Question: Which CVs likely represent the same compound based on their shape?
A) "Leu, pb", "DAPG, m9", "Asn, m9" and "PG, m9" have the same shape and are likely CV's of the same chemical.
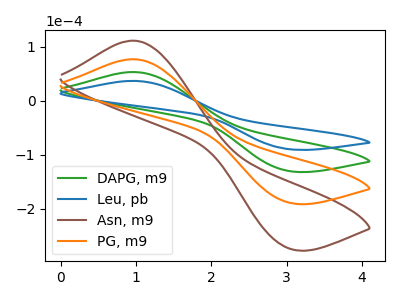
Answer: <think>The green curve "DAPG, m9" has an anodic peak at (0.95V, 52.85uA) and a cathodic peak at (3.00V, -130.10uA). The blue curve "Leu, pb" has an anodic peak at (0.95V, 36.50uA) and a cathodic peak at (3.00V, -89.80uA). The brown curve "Asn, m9" has an anodic peak at (0.95V, 158.55uA) and a cathodic peak at (3.00V, -390.35uA). The orange curve "PG, m9" has an anodic peak at (0.95V, 105.70uA) and a cathodic peak at (3.00V, -260.20uA).
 All the peaks in "DAPG, m9" have a peak in "Leu, pb" at the same potential. Every peak in "DAPG, m9" is higher than every peak in "Leu, pb". All the peaks in "DAPG, m9" have a peak in "Asn, m9" at the same potential. Every peak in "DAPG, m9" is lower than every peak in "Asn, m9". All the peaks in "DAPG, m9" have a peak in "PG, m9" at the same potential. Every peak in "DAPG, m9" is lower than every peak in "PG, m9". All the peaks in "Leu, pb" have a peak in "Asn, m9" at the same potential. Every peak in "Leu, pb" is lower than every peak in "Asn, m9". All the peaks in "Leu, pb" have a peak in "PG, m9" at the same potential. Every peak in "Leu, pb" is lower than every peak in "PG, m9". All the peaks in "Asn, m9" have a peak in "PG, m9" at the same potential. Every peak in "Asn, m9" is higher than every peak in "PG, m9".</think>
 <answer>A) "Leu, pb", "DAPG, m9", "Asn, m9" and "PG, m9" have the same shape and are likely CV's of the same chemical.</answer>
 <eval>A</eval>